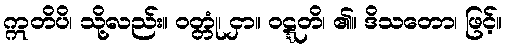
ဣတိပိ၊ သို့လည်း။ ဝတ္တုံ၊ ငှာ။ ဝဋ္ဋတိ၊ ၏။ ဒိသတော၊ ဖြင့်။